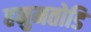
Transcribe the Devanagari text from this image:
हनुमतोडि